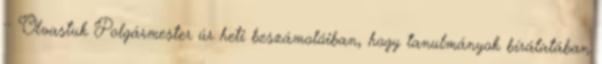
·· Olvastuk Polgármester úr heti beszámolóiban, hogy tanulmányok bírálatában